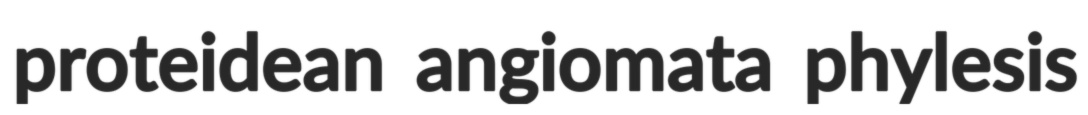
proteidean angiomata phylesis